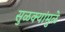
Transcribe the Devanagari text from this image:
सुळक्यांमुळे